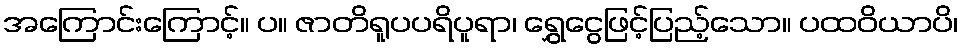
အကြောင်းကြောင့်။ ပ။ ဇာတိရူပပရိပူရာ၊ ရွှေငွေဖြင့်ပြည့်သော။ ပထဝိယာပိ၊